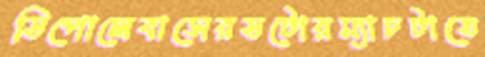
ডিপোলেবাসেরডটোরম্যাচটাতে